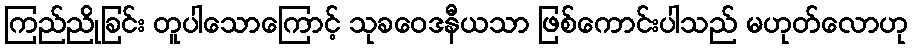
ကြည်ညိုခြင်း တူပါသောကြောင့် သုခဝေဒနီယသာ ဖြစ်ကောင်းပါသည် မဟုတ်လောဟု